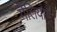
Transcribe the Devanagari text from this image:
गैलियोन